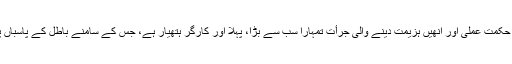
دشمنانِ خدا کو خوف زدہ کرنے والی تیاری، حکمت عملی اور انھیں ہزیمت دینے والی جرأت تمہارا سب سے بڑا، پہلا اور کارگر ہتھیار ہے، جس کے سامنے باطل کے پاسباں پہلے کبھی ٹھہرے ہیں نہ آج ٹھہرسکیں گے۔